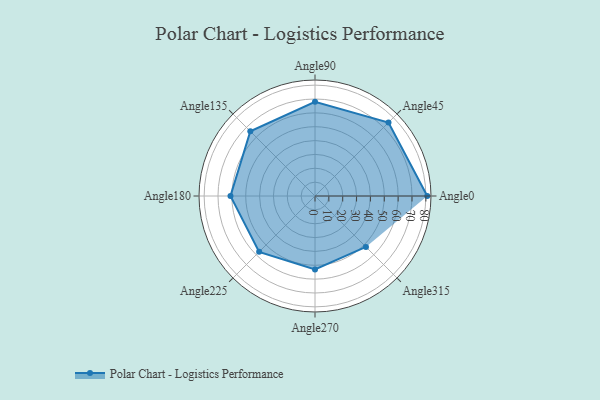
{"axis": {"x": "Angle", "y": "Radius"}, "legend": [""], "data": [{"x": "Angle0", "y": 81.0, "type": ""}, {"x": "Angle45", "y": 75.0, "type": ""}, {"x": "Angle90", "y": 68.0, "type": ""}, {"x": "Angle135", "y": 66.0, "type": ""}, {"x": "Angle180", "y": 61.0, "type": ""}, {"x": "Angle225", "y": 57.0, "type": ""}, {"x": "Angle270", "y": 53.0, "type": ""}, {"x": "Angle315", "y": 52.0, "type": ""}]}